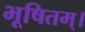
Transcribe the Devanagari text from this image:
भूषितम्।